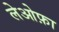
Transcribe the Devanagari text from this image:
लेओफ़ा